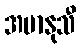
အမာနုသီ